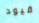
قيود